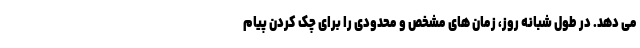
می دهد. در طول شبانه روز، زمان های مشخص و محدودی را برای چک کردن پیام